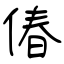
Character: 偆